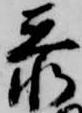
忝